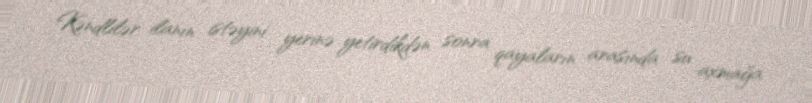
Kəndlilər ilanın istəyini yerinə yetirdikdən sonra qayaların arasında su axmağa